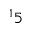
^ 1 5